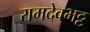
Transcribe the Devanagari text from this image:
रामदेवभट्ट